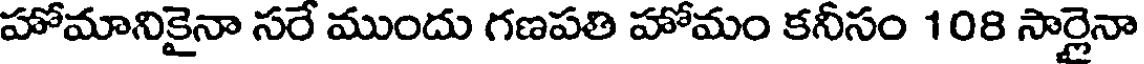
హోమానికైనా సరే ముందు గణపతి హోమం కనీసం 108 సార్లైనా